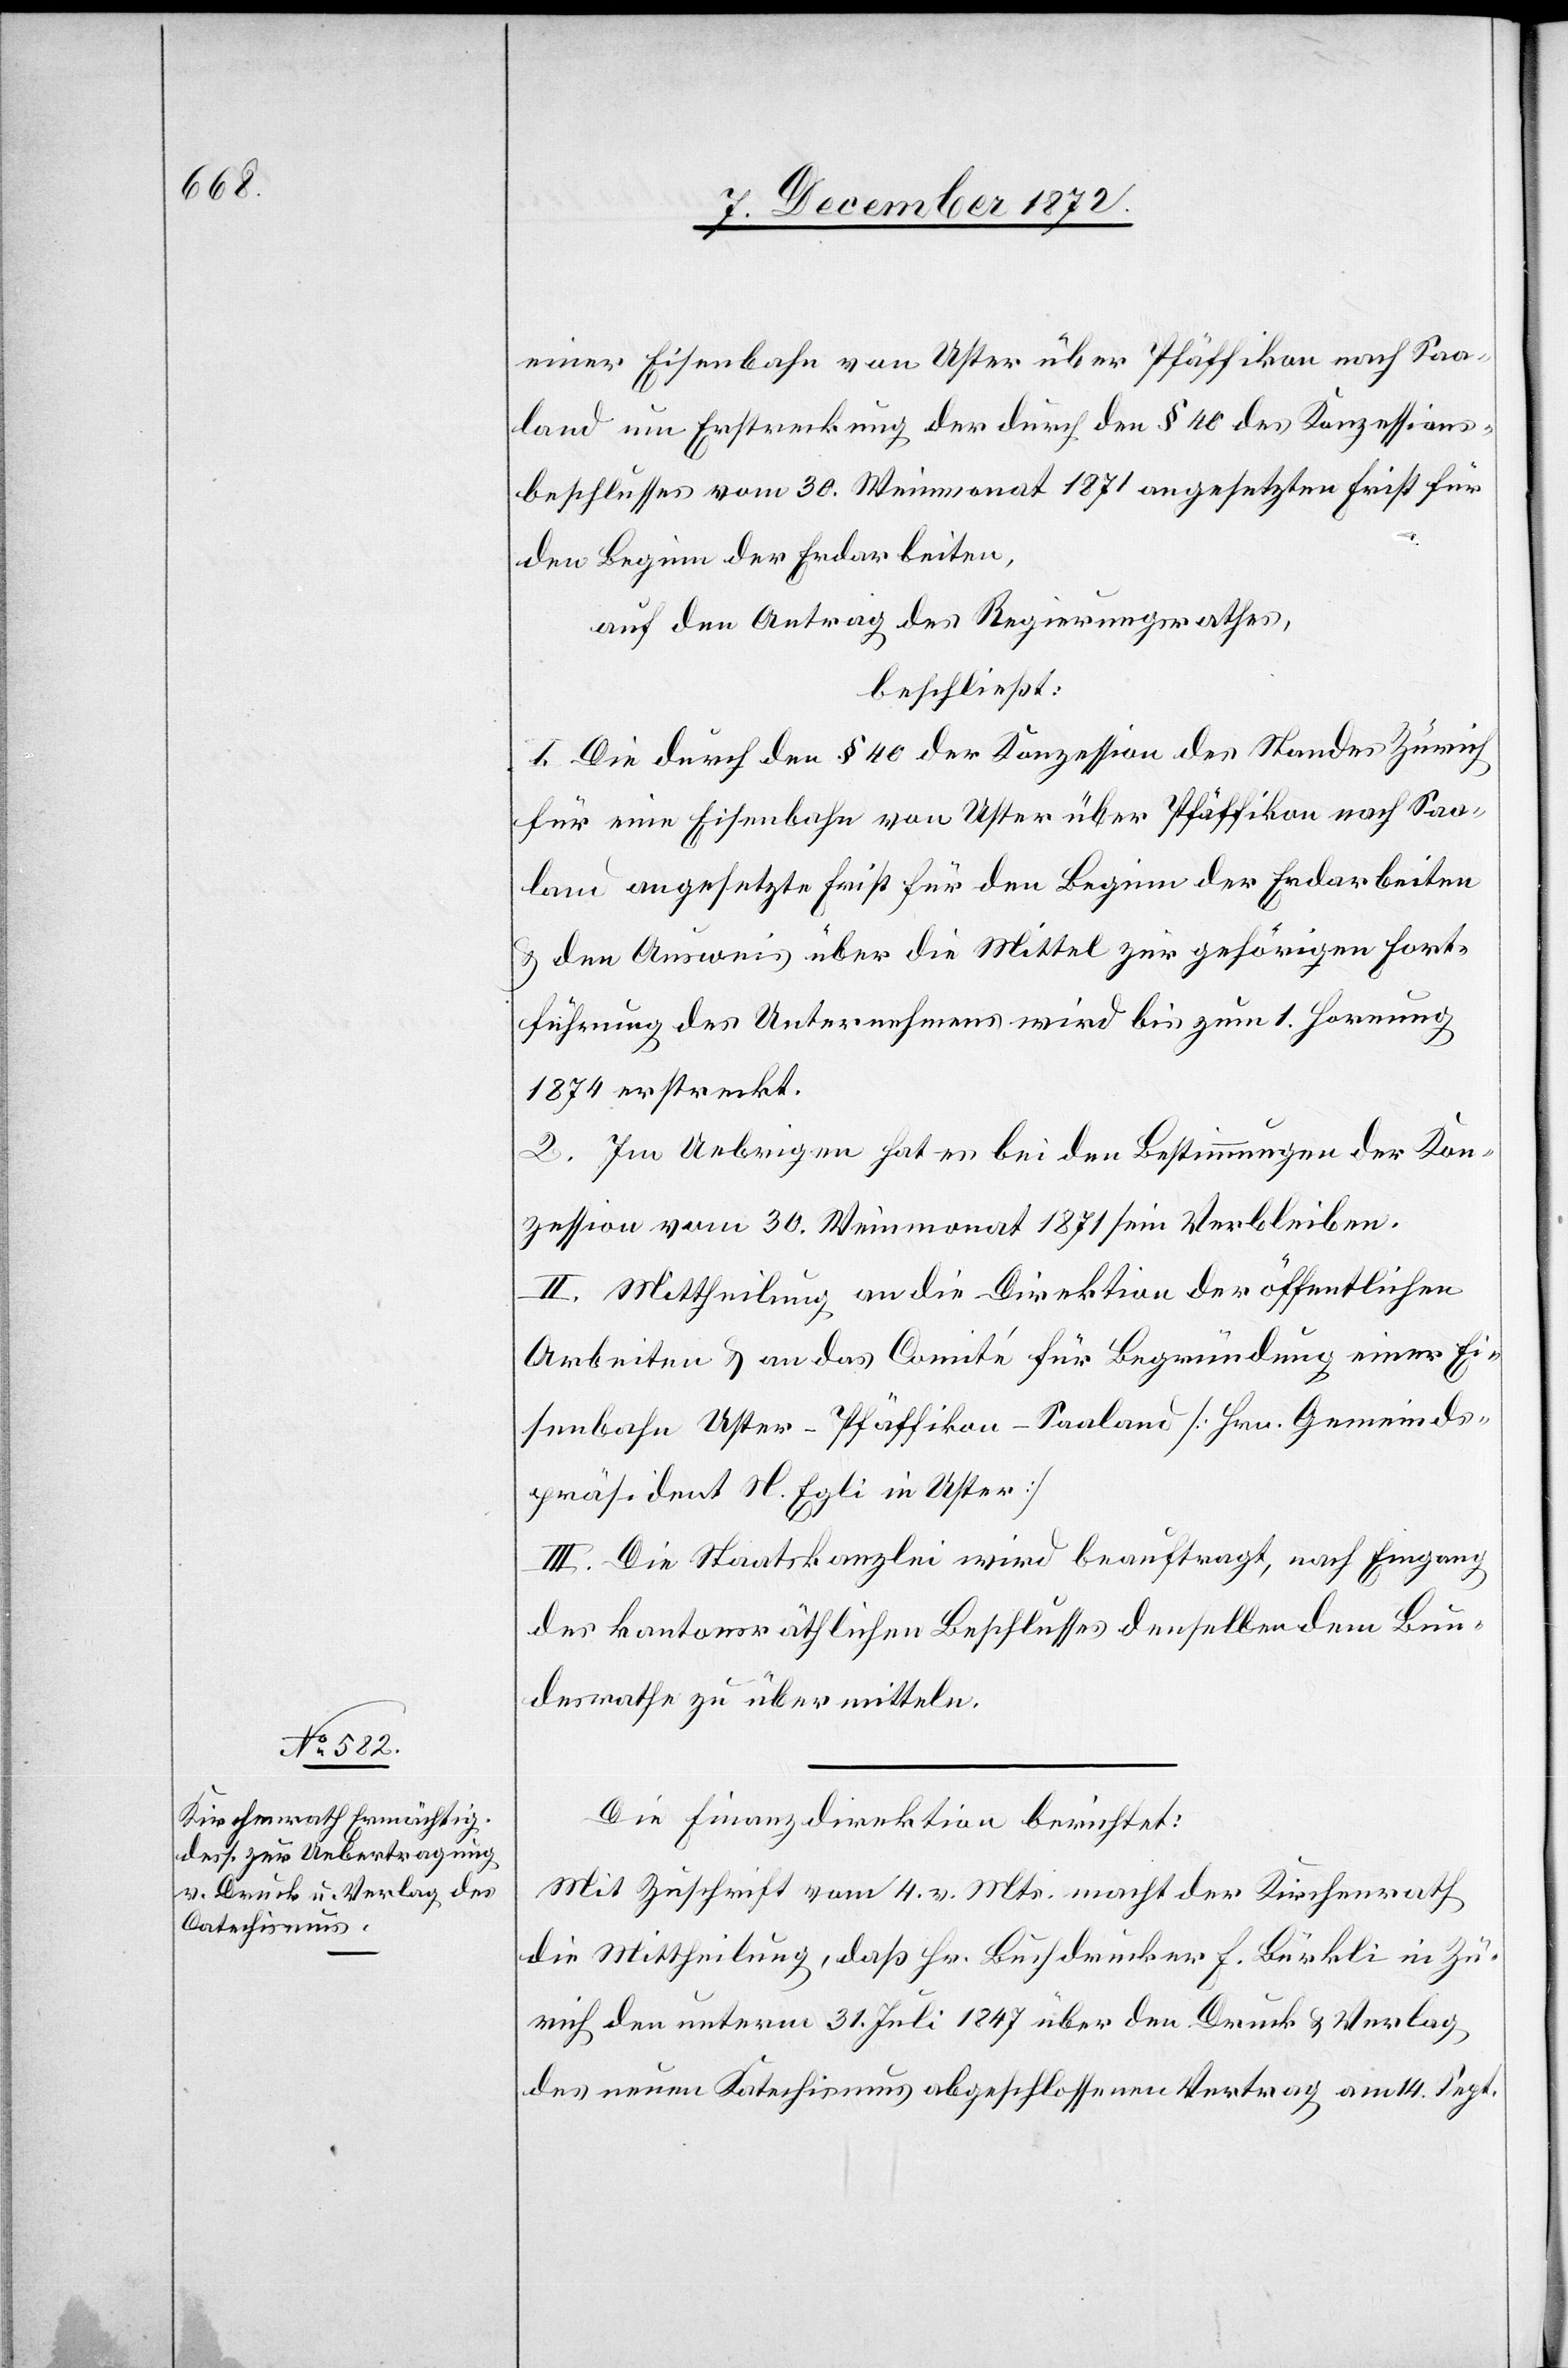
einer Eisenbahn von Uster über Pfäffikon nach Saa¬
land um Erstreckung der durch den § 40 des Konzessions¬
beschlusses vom 30. Weinmonat 1871 angesetzten Frist für
den Beginn der Erdarbeiten,
auf den Antrag des Regierungsrathes,
beschließt:
I. Die durch den § 40 der Konzession des Standes Zürich
für eine Eisenbahn von Uster über Pfäffikon nach Saa¬
land angesetzte Frist für den Beginn der Erdarbeiten
u. den Ausweis über die Mittel zur gehörigen Fort¬
führung des Unternehmens wird bis zum. 1. Hornung
1874 erstreckt.
2. Im Uebrigen hat es bei den Bestimmungen der Kon¬
zession vom 30. Weinmonat 1871 sein Verbleiben.
Mittheilung an die Direktion der öffentlichen
Arbeiten u. an das Comité für Begründung einer Ei¬
senbahn Uster–Pfäffikon–Saaland [Hrn. Gemeinds¬
präsident N. Egli in Uster]
III. Die Staatskanzlei wird beauftragt, nach Eingang
des kantonsräthlichen Beschlusses denselben dem Bun¬
desrathe zu übermitteln.
Die Finanzdirektion berichtet:
Mit Zuschrift vom 4. v. Mts. macht der Kirchenrath
die Mittheilung, daß Hr. Buchdrucker F. Bürkli in Zü¬
rich den unterm 31. Juli 1847 über den Druck u. Verlag
des neuen Katechismus abgeschlossenen Vertrag am 14. Sept.